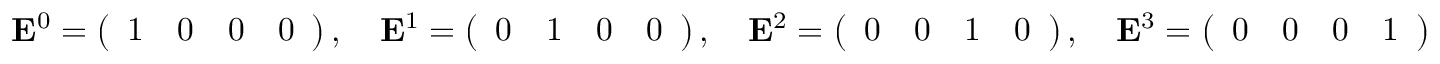
\mathbf { E } ^ { 0 } = { \left( \begin{array} { l l l l } { 1 } & { 0 } & { 0 } & { 0 } \end{array} \right) } \, , \quad \mathbf { E } ^ { 1 } = { \left( \begin{array} { l l l l } { 0 } & { 1 } & { 0 } & { 0 } \end{array} \right) } \, , \quad \mathbf { E } ^ { 2 } = { \left( \begin{array} { l l l l } { 0 } & { 0 } & { 1 } & { 0 } \end{array} \right) } \, , \quad \mathbf { E } ^ { 3 } = { \left( \begin{array} { l l l l } { 0 } & { 0 } & { 0 } & { 1 } \end{array} \right) }